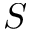
S